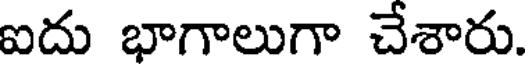
ఐదు భాగాలుగా చేశారు.